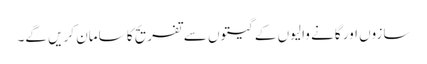
سازوں اور گانے والیوں کے گیتوں سے تفریح کا سامان کریں گے۔